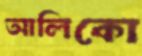
আলিকো